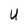
Character: U